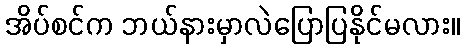
အိပ်စင်က ဘယ်နားမှာလဲပြောပြနိုင်မလား။